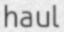
haul